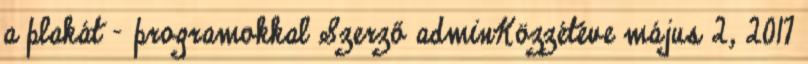
a plakát – programokkal Szerző adminKözzétéve május 2, 2017